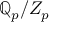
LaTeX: \mathbb { Q } _ { p } / Z _ { p }